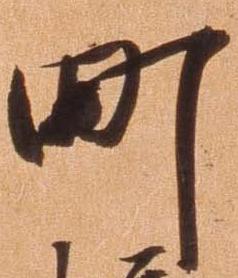
町